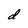
Character: d